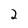
Character: 2